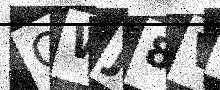
Text: OWJ8VN